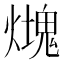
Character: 𤐡